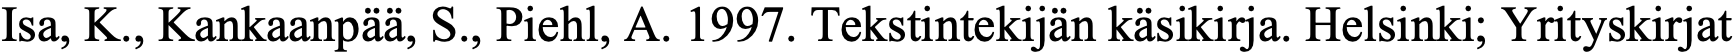
Isa, K., Kankaanpää, S., Piehl, A. 1997. Tekstintekijän käsikirja. Helsinki; Yrityskirjat